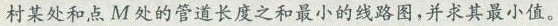
村某处和点M处的管道长度之和最小的线路图，并求其最小值。